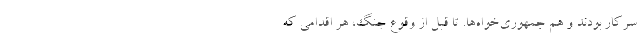
سرکار بودند و هم جمهوری‌خواه‌ها. تا قبل از وقوع جنگ، هر اقدامی که